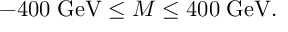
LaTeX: - 4 0 0 \; \mathrm { G e V } \le M \le 4 0 0 \; \mathrm { G e V } .